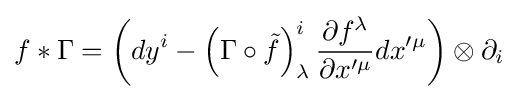
f*\Gamma =\left(dy^{i}-\left(\Gamma \circ {\tilde {f}}\right)_{\lambda }^{i}{\frac {\partial f^{\lambda }}{\partial x'^{\mu }}}dx'^{\mu }\right)\otimes \partial _{i}